Problem: 41 + 67 = ?
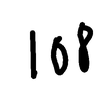
Handwritten answer: 108